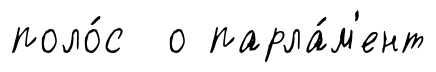
поло́с о парла́м'ент